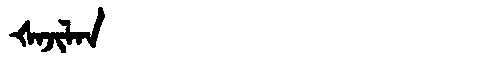
Manchu: ᡧᠠᠵᡳᠯᠠᠨ
Romanization: ŠAJILAN